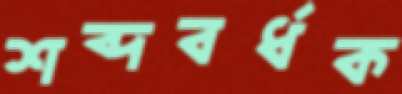
শব্দবর্ধক